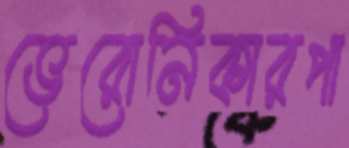
ভেরোনিকারপা